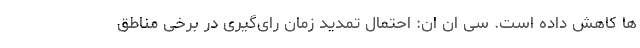
ها کاهش داده است. سی ان ان: احتمال تمدید زمان رای‌گیری در برخی مناطق